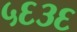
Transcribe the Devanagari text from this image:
५६३६